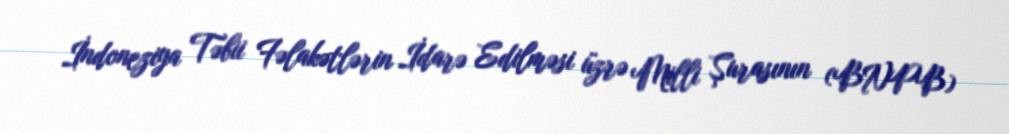
İndoneziya Təbii Fəlakətlərin İdarə Edilməsi üzrə Milli Şurasının (BNPB)